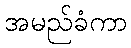
အမည်ခံကာ